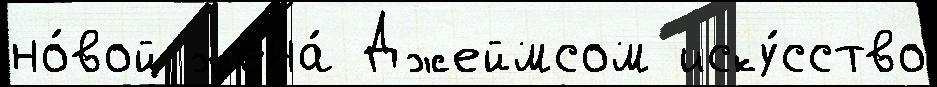
но́вой жена́ Джеймсом иску́сство